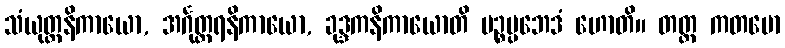
သံယုတ္တနိကာယော, အင်္ဂုတ္တရနိကာယော, ခုဒ္ဒကနိကာယောတိ ပဉ္စပ္ပဘေဒံ ဟောတိ။ တတ္ထ ကတမော